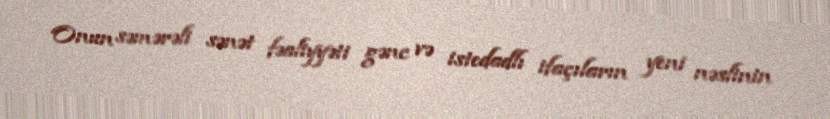
Onun səmərəli sənət fəaliyyəti gənc və istedadlı ifaçıların yeni nəslinin